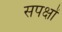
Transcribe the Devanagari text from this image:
सपक्षों